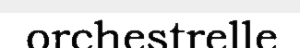
orchestrelle